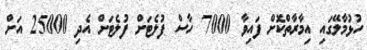
ހުޅުމާލޭގައި އިމާރާތްކޮށް ފައިވާ 7000 ހާސް ފުލެޓަށް ފުލެޓަށް އެދި 25000 އަށް